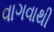
વાગવાથી